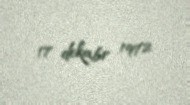
17 dekabr 1972